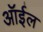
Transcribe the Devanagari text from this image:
ऑर्इल